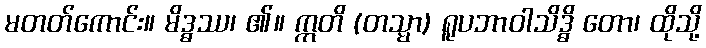
မတတ်ကောင်း။ မိဒ္ဓဿ၊ ၏။ ဣတိ (တသ္မာ) ရူပဘာဝါသိဒ္ဓိ တော၊ ထိုသို့